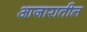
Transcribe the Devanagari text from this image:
आजारातील